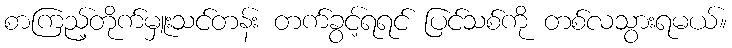
စာကြည့်တိုက်မှူးသင်တန်း တက်ခွင့်ရရင် ပြင်သစ်ကို တစ်လသွားရမယ်။